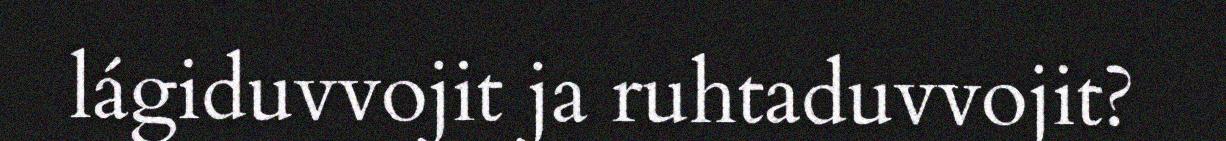
lágiduvvojit ja ruhtaduvvojit?